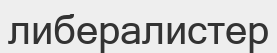
либералистер